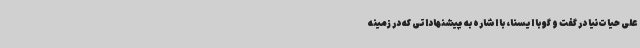
علی حیات‌نیا در گفت و گو با ایسنا، با اشاره به پیشنهاداتی که در زمینه